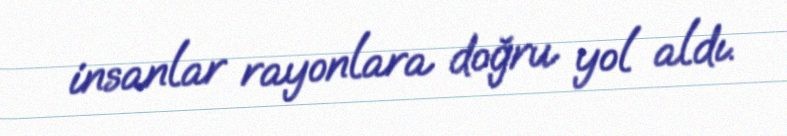
insanlar rayonlara doğru yol aldı.